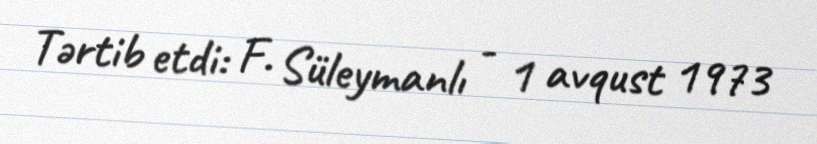
Tərtib etdi: F. Süleymanlı - 1 avqust 1973